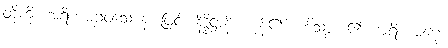
တို့ကို။ အရိယမဂ္ဂဝသေ န၊ ဖြင့်။ နိဒ္ဒိဋ္ဌာနိ၊ ကုန်၏။ ဟိသစ္စံ၊ ၏။ အရိယမဂ္ဂေါ၊